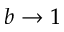
b \rightarrow 1